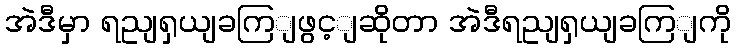
အဲဒီမှာ ရညျရှယျခကြျဖွင့ျဆိုတာ အဲဒီရညျရှယျခကြျကို